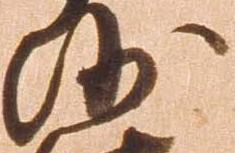
沙